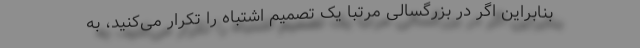
بنابراین اگر در بزرگسالی مرتبا یک تصمیم اشتباه را تکرار می‌کنید، به